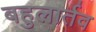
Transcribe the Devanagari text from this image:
बहुलार्तव